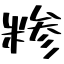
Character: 糝